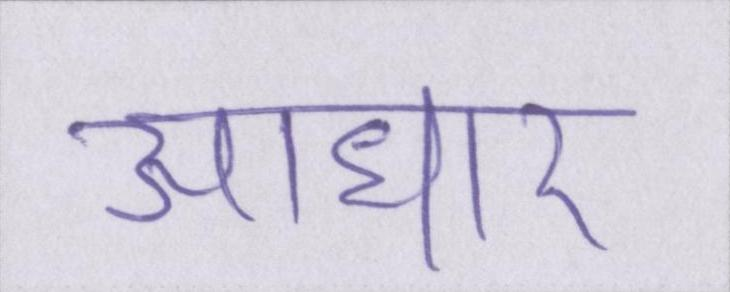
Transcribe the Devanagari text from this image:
आधार